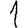
Digit: 1